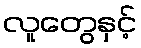
လူတွေနှင့်